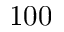
1 0 0